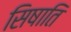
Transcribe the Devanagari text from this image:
सिषाति